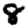
Digit: 8